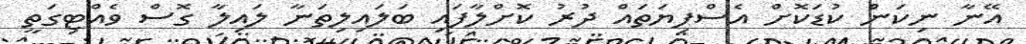
އޭނާ ނިކަން ކުޑަކޮށް އެސްފިޔަތައް ދުރު ކޮށްލާފައި ބަލައިލިތަނާ ލައިލާ ގޮސް ވެއްޓިގަތީ